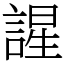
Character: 謃